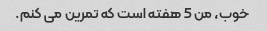
خوب، من 5 هفته است که تمرین می کنم.